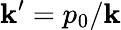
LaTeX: \mathbf{k}^{\prime}=p_{0}/\mathbf{k}